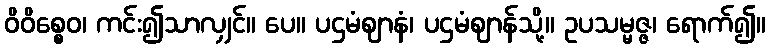
ဝိဝိစ္စေဝ၊ ကင်း၍သာလျှင်။ ပေ။ ပဌမံဈာနံ၊ ပဌမံဈာန်သို့။ ဥပသမ္မဇ္ဇ၊ ရောက်၍။